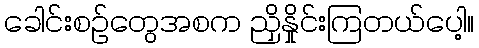
ခေါင်းစဉ်တွေအစက ညှိနှိုင်းကြတယ်ပေါ့။